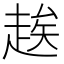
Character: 𬦑